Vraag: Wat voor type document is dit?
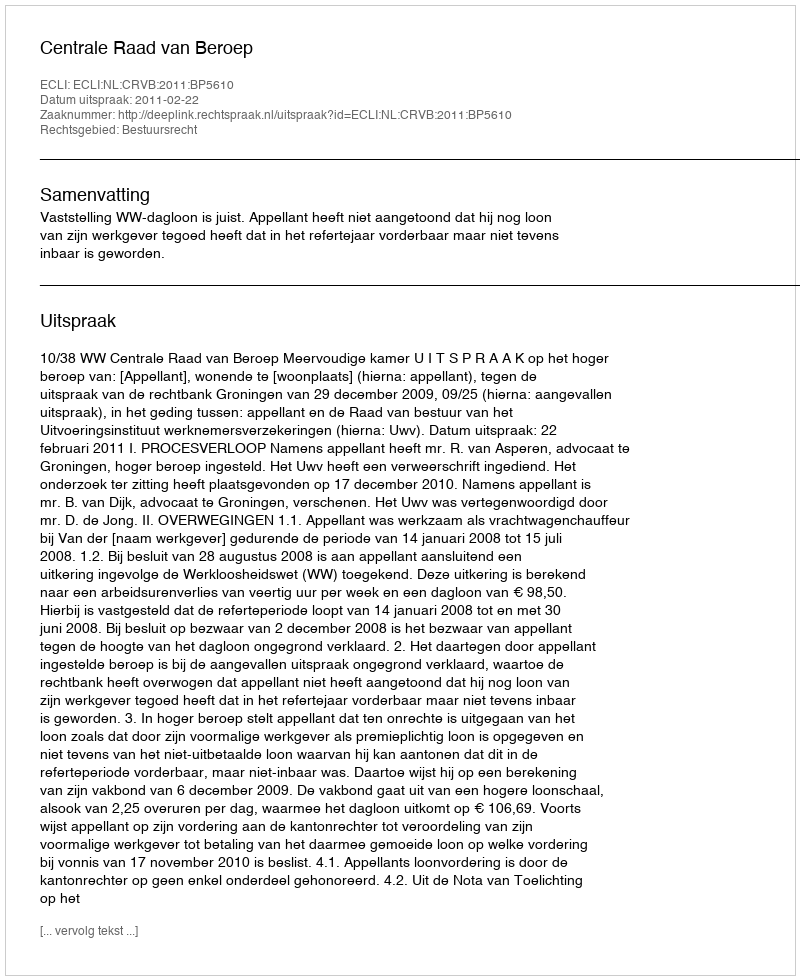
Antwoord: Uitspraak